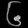
Digit: ၆